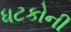
ધટકોની